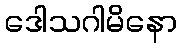
ဒေါသဂါမိနော